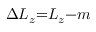
\Delta { \cal L } _ { z } { = } { \cal L } _ { z } { - } m